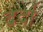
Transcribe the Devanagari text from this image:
दर्दा